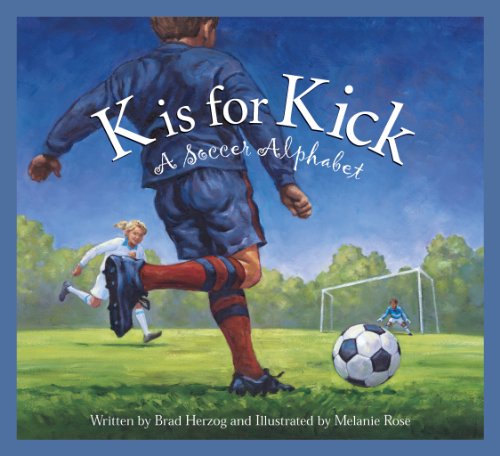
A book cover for K is for Kick: A Soccer Alphabet (Sports Alphabet); Brad Herzog; Children's Books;